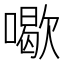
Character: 𠿒